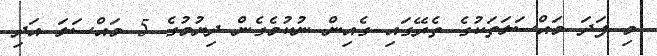
މި ފަދަ މައްސަލަތަކުގެ ތެރޭގައި ގެއިން ނުކުމެގެން ދިޔުމުގެ 5 މައްސަލަ އަދި